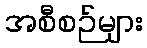
အစီစဉ်များ